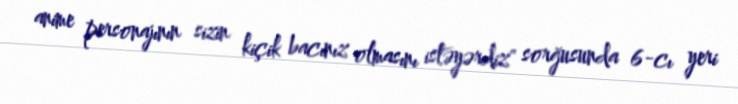
anime personajının sizin kiçik bacınız olmasını istəyərdiz" sorğusunda 6-cı yeri